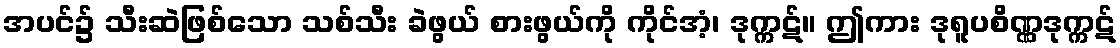
အပင်၌ သီးဆဲဖြစ်သော သစ်သီး ခဲဖွယ် စားဖွယ်ကို ကိုင်အံ့၊ ဒုက္ကဋ်။ ဤကား ဒုရူပစိဏ္ဏဒုက္ကဋ်